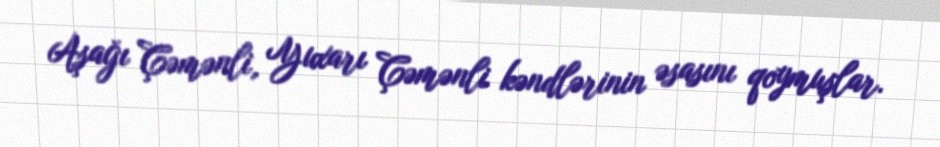
Aşağı Çəmənli, Yuxarı Çəmənli kəndlərinin əsasını qoymuşlar.